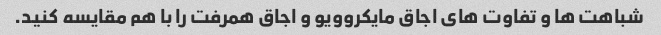
شباهت ها و تفاوت های اجاق مایکروویو و اجاق همرفت را با هم مقایسه کنید.